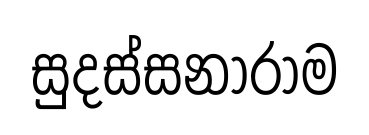
සුදස්සනාරාම